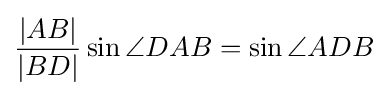
{{\frac {|AB|}{|BD|}}\sin \angle DAB=\sin \angle ADB}